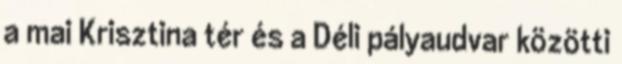
a mai Krisztina tér és a Déli pályaudvar közötti